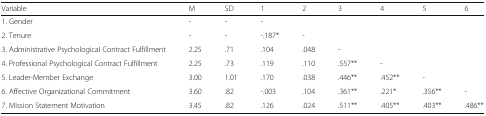
| Variable | M | SD | 1 | 2 | 3 | 4 | 5 | 6 |
 | --- | --- | --- | --- | --- | --- | --- | --- | --- |
 | 1. Gender | - | - | - |  |  |  |  |  |
 | 2. Tenure | - | - | -.187* | - |  |  |  |  |
 | 3. Administrative Psychological Contract Fulfillment | 2.25 | .71 | .104 | .048 | - |  |  |  |
 | 4. Professional Psychological Contract Fulfillment | 2.25 | .73 | .119 | .110 | .557** | - |  |  |
 | 5. Leader-Member Exchange | 3.00 | 1.01 | .170 | .038 | .446** | .452** | - |  |
 | 6. Affective Organizational Commitment | 3.60 | .82 | -.003 | .104 | .361** | .221* | .356** | - |
 | 7. Mission Statement Motivation | 3.45 | .82 | .126 | .024 | .511** | .405** | .403** | .486** |